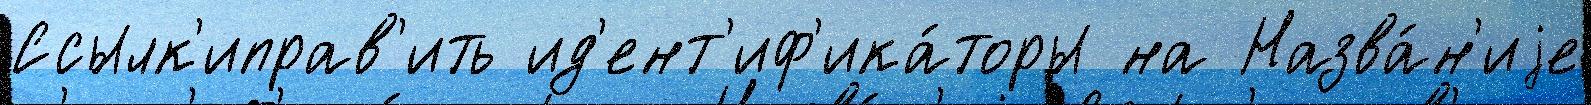
Ссылк'иправ'ить ид'ент'иф'ика́торы на Назва́н'иjе